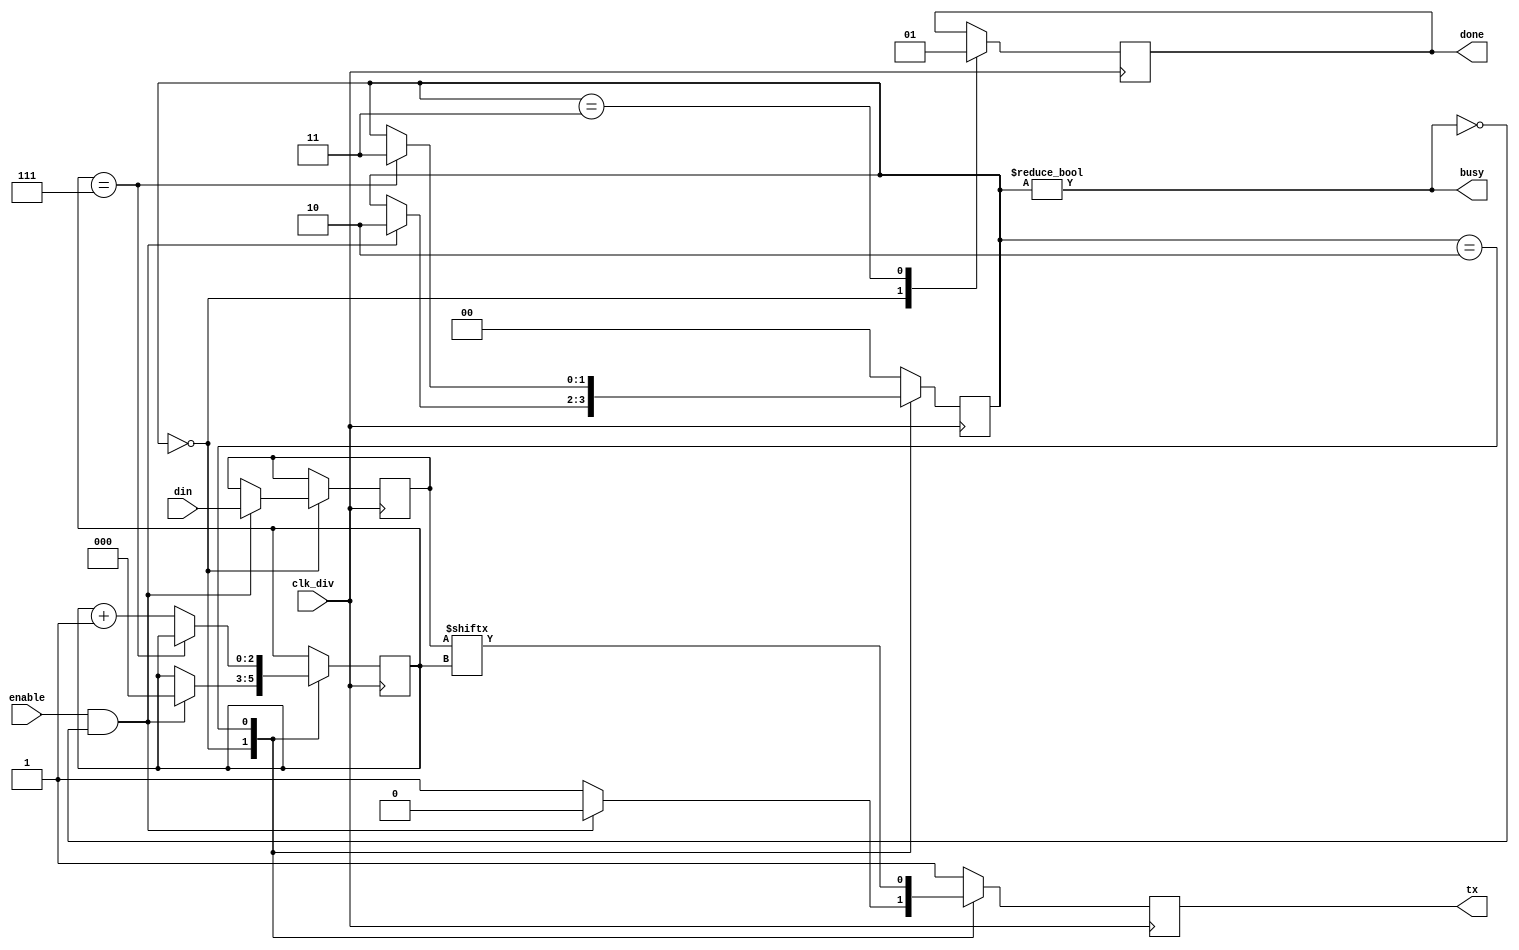
module transmision (input enable, 
                    input wire [7:0] din,   
                    output busy,
                    output reg done,
                    input wire clk_div, 
                    output reg tx);

parameter count = 8;

initial begin
	tx <= 1'b1;
    done=0;
end

parameter STATE_IDLE	= 2'b00;
//parameter STATE_START	= 2'b01;
parameter STATE_DATA	= 2'b10;
parameter STATE_STOP	= 2'b11;

reg [7:0] data = 8'b11111111;
reg [2:0] bitpos = 0;
reg [1:0] state = STATE_IDLE;

always @(posedge clk_div) begin 
        case (state)
	        STATE_IDLE: begin
                done<=0;
                tx <= 1'b1;
                if(enable & ~busy)begin
	    		   // state <= STATE_START;
                    tx<=1'b0;
	    		    data <= din;
	    		    bitpos <= 0;
                    state<=STATE_DATA;
                end
    	    end
    	    //STATE_START: begin
    			//tx <= 1'b0;
    			//state <= STATE_DATA;
    	    //end
    	    STATE_DATA: begin
    			if (bitpos == count-1)begin
    				tx<=data[bitpos]; 
    				state <= STATE_STOP;
    			end
    			else begin
    				tx<=data[bitpos];
    				bitpos <= bitpos + 1;
    			end
    	    end
        	STATE_STOP: begin
    			tx <= 1'b1;
                done<=1;
    			state <= STATE_IDLE;
    	    end
    	    default: begin
    		    tx <= 1'b1;
    	    	state <= STATE_IDLE;
    	    end
    	endcase
end

assign busy = (state != STATE_IDLE);

endmodule